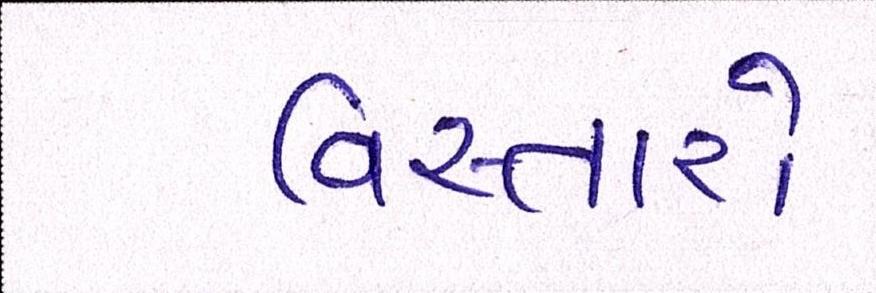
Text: વિસ્તારો